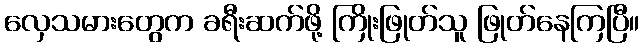
လှေသမားတွေက ခရီးဆက်ဖို့ ကြိုးဖြုတ်သူ ဖြုတ်နေကြပြီ။